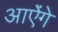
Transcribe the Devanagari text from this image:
आऐंगे